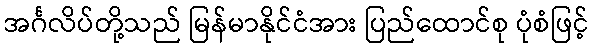
အင်္ဂလိပ်တို့သည် မြန်မာနိုင်ငံအား ပြည်ထောင်စု ပုံစံဖြင့်